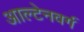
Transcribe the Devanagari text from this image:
आल्टेनवर्ग